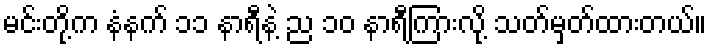
မင်းတို့က နံနက် ၁၁ နာရီနဲ့ ည ၁၀ နာရီကြားလို့ သတ်မှတ်ထားတယ်။